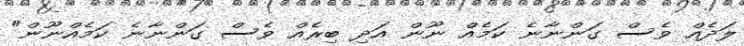
ލަދެއް ވެސް ގަންނާނެ ކަމެއް ނޫން އަދި ބިރެއް ވެސް ގަންނާނެ ކަމެއްނޫން"